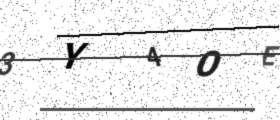
Text: 3Y4OE